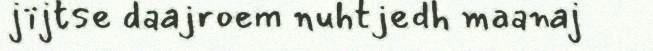
jïjtse daajroem nuhtjedh maanaj